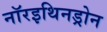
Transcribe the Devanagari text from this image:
नॉरइथिनड्रोन